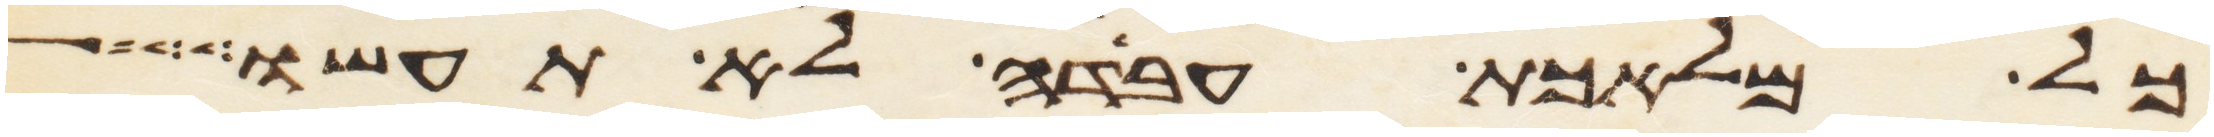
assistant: כל מלאכת עבדה לא תעשו